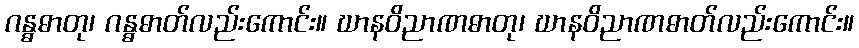
ဂန္ဓဓာတု၊ ဂန္ဓဓာတ်လည်းကောင်း။ ဃာနဝိညာဏဓာတု၊ ဃာနဝိညာဏဓာတ်လည်းကောင်း။